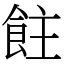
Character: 飳